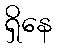
ရှိနေ